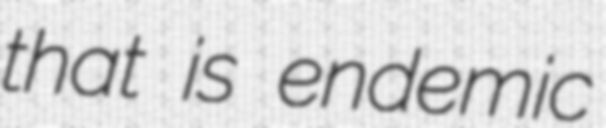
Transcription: that is endemic